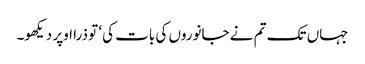
جہاں تک تم نے جانوروں کی بات کی‘ تو ذرا اوپر دیکھو۔